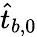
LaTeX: \hat{t}_{b,0}